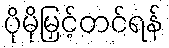
ပိုမိုမြှင့်တင်ရန်